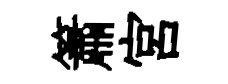
簫宮